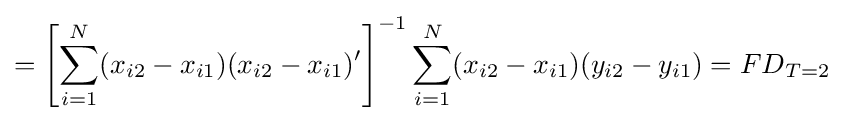
=\left[\sum _{i=1}^{N}(x_{i2}-x_{i1})(x_{i2}-x_{i1})'\right]^{-1}\sum _{i=1}^{N}(x_{i2}-x_{i1})(y_{i2}-y_{i1})={FD}_{T=2}